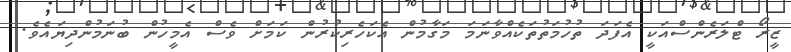
ޒީރޯ ޓްލަރެންސްއަކީ އެފަދަ ތުހުމަތުތަކެއްވާނަމަ މަގާމުން އެކަހެރިކުރުން ކަމަށް ވެސް އެމީހުން ބުނަމުންދިޔައެވެ.